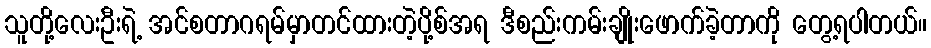
သူတို့လေးဦးရဲ့ အင်စတာဂရမ်မှာတင်ထားတဲ့ပို့စ်အရ ဒီစည်းကမ်းချိုးဖောက်ခဲ့တာကို တွေ့ရပါတယ်။